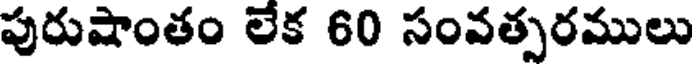
పురుషాంతం లేక 60 సంవత్పరములు